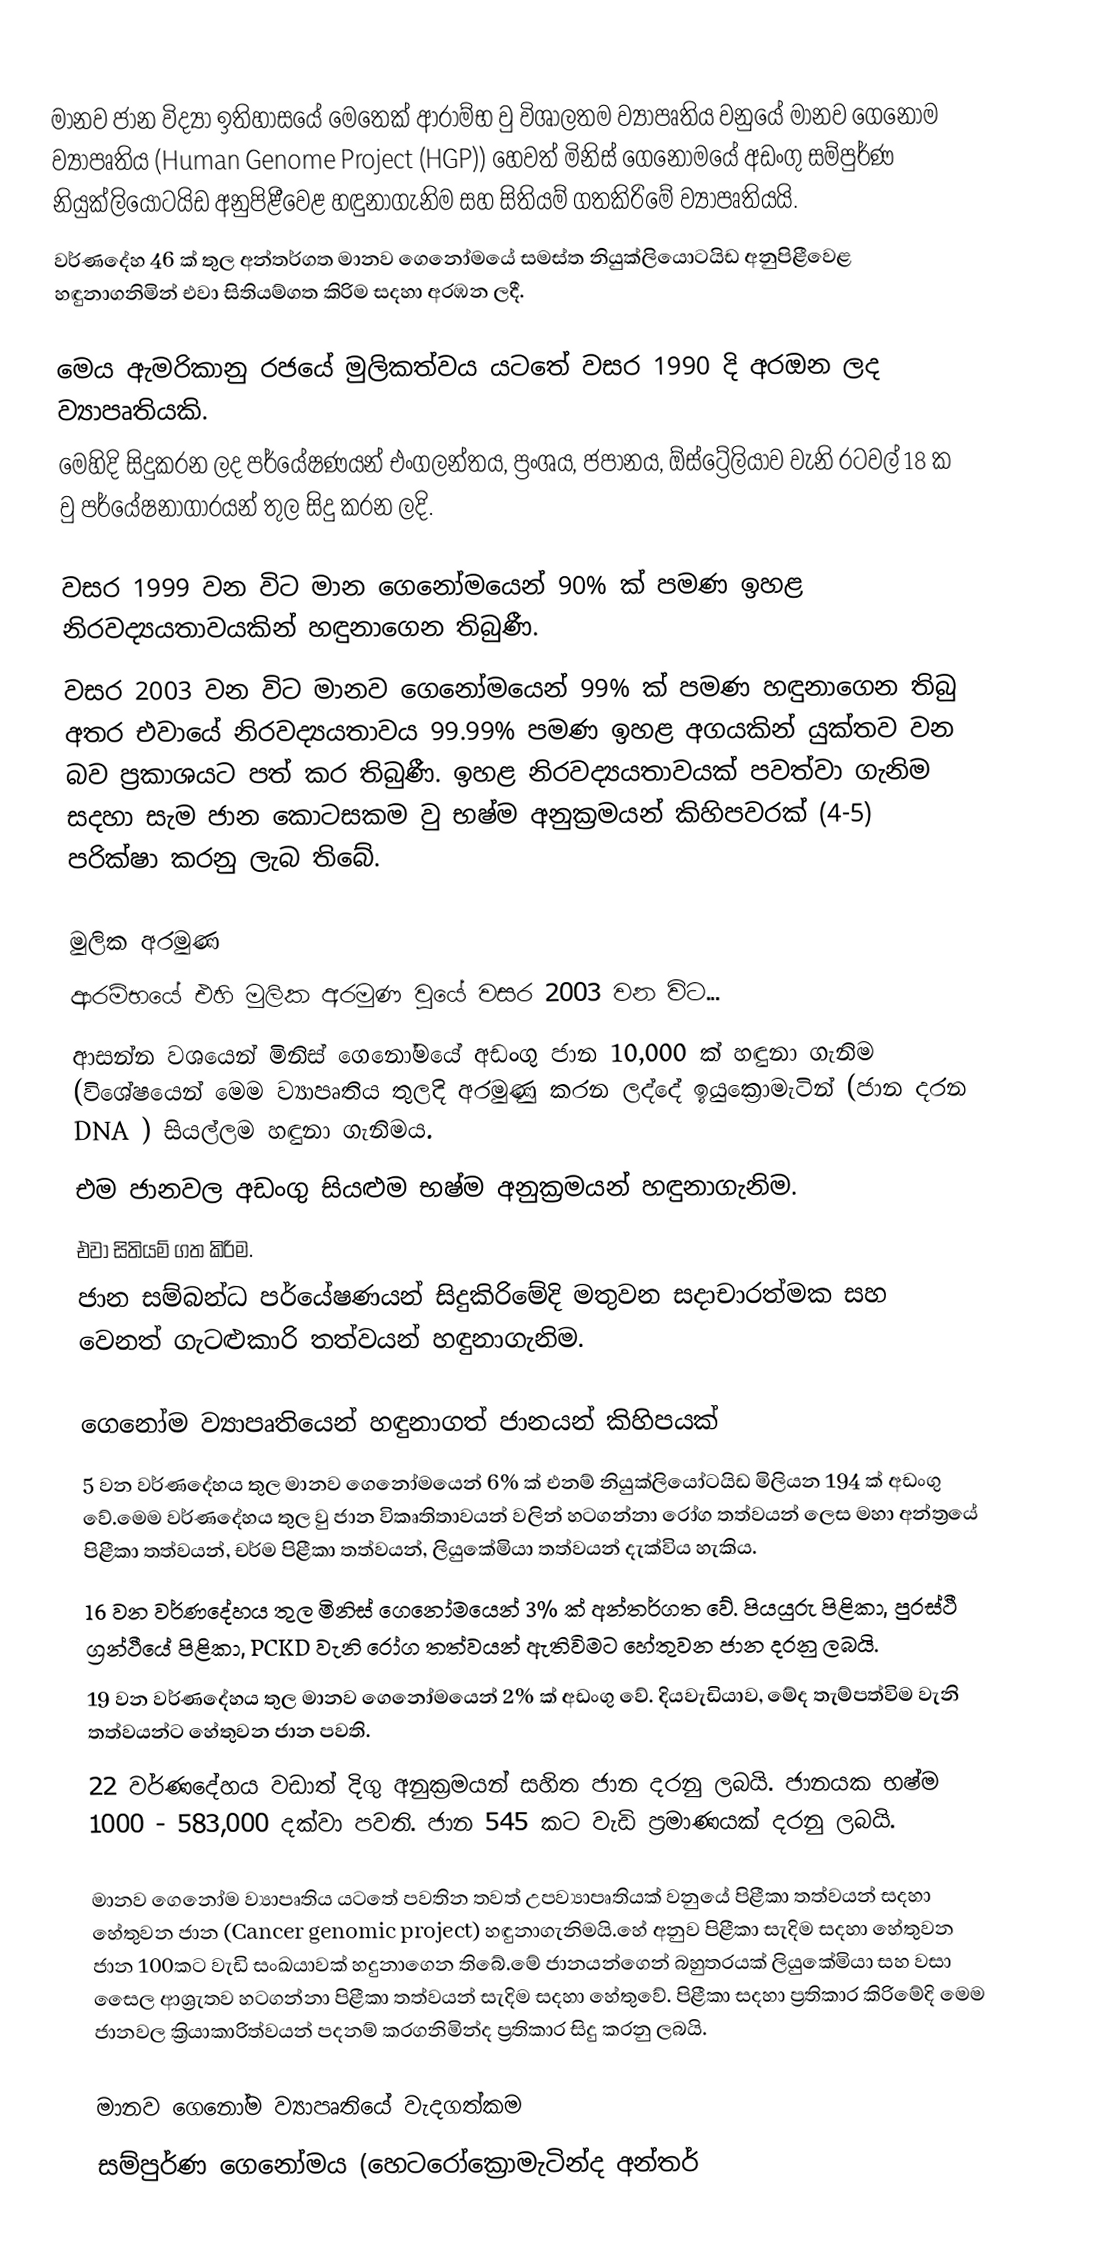
මානව ජාන විද්‍යා ඉතිහාසයේ මෙතෙක් ආරාම්භ වු විශාලතම ව්‍යාපෘතිය වනුයේ මානව ගෙනෝම ව්‍යාපෘතිය (Human Genome Project (HGP)) හෙවත් මිනිස් ගෙනෝමයේ අඩංගු සම්පුර්ණ නියුක්ලියෝටයිඩ අනුපිළීවෙළ හඳුනාගැනිම සහ සිතියම් ගතකිරිමේ ව්‍යාපෘතියයි.
වර්ණදේහ 46 ක් තුල අන්තර්ගත මානව ගෙනෝමයේ සමස්ත නියුක්ලියොටයිඩ අනුපිළීවෙළ හඳුනාගනිමින් එවා සිතියම්ගත කිරිම සදහා අරඹන ලදී.

මෙය ඇමරිකානු රජයේ මුලිකත්වය යටතේ වසර 1990 දි අරඔන ලද ව්‍යාපෘතියකි.
මෙහිදි සිදුකරන ලද පර්යේෂණයන් එංගලන්තය, ප්‍රංශය, ජපානය, ඕස්ට්‍රේලියාව වැනි රටවල් 18 ක වු පර්යේෂනාගාරයන් තුල සිදු කරන ලදි.

වසර 1999 වන විට මාන ගෙනෝමයෙන් 90% ක් පමණ ඉහළ නිරවද්‍යයතාවයකින් හඳුනාගෙන තිබුණී.
වසර 2003 වන විට මානව ගෙනෝමයෙන් 99% ක් පමණ හඳුනාගෙන තිබු අතර එවායේ නිරවද්‍යයතාවය 99.99% පමණ ඉහළ අගයකින් යුක්තව වන බව ප්‍රකාශයට පත් කර තිබුණී. ඉහළ නිරවද්‍යයතාවයක් පවත්වා ගැනිම සදහා සැම ජාන කොටසකම වු භෂ්ම අනුක්‍රමයන් කිහිපවරක් (4-5) පරික්ෂා කරනු ලැබ තිබේ.

මුලික අරමුණ
ආරම්භයේ එහි මුලික අරමුණ වුයේ වසර 2003 වන විට...
ආසන්න වශයෙන් මිනිස් ගෙනෝමයේ අඩංගු ජාන 10,000 ක් හඳුනා ගැනිම (විශේෂයෙන් මෙම ව්‍යාපෘතිය තුලදි අරමුණු කරන ලද්දේ ඉයුක්‍රොමැටින් (ජාන දරන DNA ) සියල්ලම හඳුනා ගැනිමය.
එම ජානවල අඩංගු සියළුම භෂ්ම අනුක්‍රමයන් හඳුනාගැනිම.
එවා සිතියම් ගත කිරිම.
ජාන සම්බන්ධ පර්යේෂණයන් සිදුකිරිමේදි මතුවන සදාචාරත්මක සහ වෙනත් ගැටළුකාරි තත්වයන් හඳුනාගැනිම.

ගෙනෝම ව්‍යාපෘතියෙන් හඳුනාගත් ජානයන් කිහිපයක්
5 වන වර්ණදේහය තුල මානව ගෙනෝමයෙන් 6% ක් එනම් නියුක්ලියෝටයිඩ මිලියන 194 ක් අඩංගු වේ.මෙම වර්ණදේහය තුල වු ජාන විකෘතිතාවයන් වලින් හටගන්නා රෝග තත්වයන් ලෙස මහා අන්ත්‍රයේ පිළීකා තත්වයන්, චර්ම පිළීකා තත්වයන්, ලියුකේමියා තත්වයන් දැක්විය හැකිය.
16 වන වර්ණදේහය තුල මිනිස් ගෙනෝමයෙන් 3% ක් අන්තර්ගත වේ. පියයුරු පිළිකා, පුරස්ථී ග්‍රන්ථීයේ පිළිකා, PCKD වැනි රෝග තත්වයන් ඇතිවිමට හේතුවන ජාන දරනු ලබයි.
19 වන වර්ණදේහය තුල මානව ගෙනෝමයෙන් 2% ක් අඩංගු වේ. දියවැඩියාව, මේද තැම්පත්විම වැනි තත්වයන්ට හේතුවන ජාන පවති.
22 වර්ණදේහය වඩාත් දිගු අනුක්‍රමයන් සහිත ජාන දරනු ලබයි. ජානයක භෂ්ම 1000 - 583,000 දක්වා පවති. ජාන 545 කට වැඩි ප්‍රමාණයක් දරනු ලබයි.

මානව ගෙනෝම ව්‍යාපෘතිය යටතේ පවතින තවත් උපව්‍යාපෘතියක් වනුයේ පිළීකා තත්වයන් සදහා හේතුවන ජාන (Cancer genomic project) හඳුනාගැනිමයි.හේ අනුව පිළීකා සැදිම සදහා හේතුවන ජාන 100කට වැඩි සංඛයාවක් හදුනාගෙන තිබේ.මේ ජානයන්ගෙන් බහුතරයක් ලියුකේමියා සහ වසා සෛල ආශ්‍රැතව හටගන්නා පිළීකා තත්වයන් සැදිම සදහා හේතුවේ. පිළීකා සදහා ප්‍රතිකාර කිරිමේදි මෙම ජානවල ක්‍රියාකාරිත්වයන් පදනම් කරගනිමින්ද ප්‍රතිකාර සිදු කරනු ලබයි.

මානව ගෙනෝම ව්‍යාපෘතියේ වැදගත්කම
සම්පුර්ණ ගෙනෝමය (හෙටරෝක්‍රොමැටින්ද අන්තර්